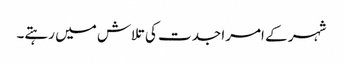
شہر کے امرا جدت کی تلاش میں رہتے۔